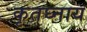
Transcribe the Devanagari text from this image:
कृतघ्नाय